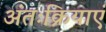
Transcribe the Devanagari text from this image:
अंतःक्रियाएं